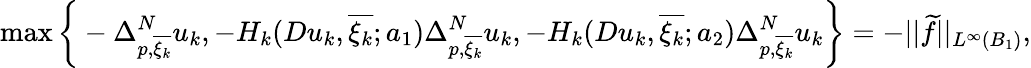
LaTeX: \operatorname*{max}\bigg\{ -\Delta_{p,\overline{{\xi_{k}}}}^{N}u_{k},-H_{k}(Du_{k},\overline{{\xi_{k}}};a_{1})\Delta_{p,\overline{{\xi_{k}}}}^{N}u_{k},-H_{k}(Du_{k},\overline{{\xi_{k}}};a_{2})\Delta_{p,\overline{{\xi_{k}}}}^{N}u_{k}\bigg\} =-||\widetilde{f}||_{L^{\infty}(B_{1})},